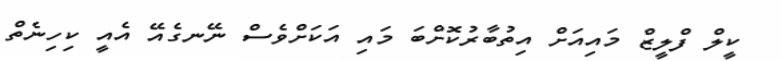
ކީލް ފްލީޒް މައިއަށް އިތުބާރުކޮށްބަ މައި އަކަށްވެސް ނޭނގެއޭ އެއީ ކިހިނެތް